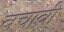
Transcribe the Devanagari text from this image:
बचावी